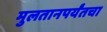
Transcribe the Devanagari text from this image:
मुलतानपर्यंतचा